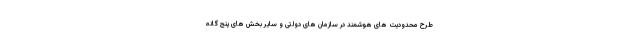
طرح محدودیت های هوشمند در سازمان های دولتی و سایر بخش های پنج گانه